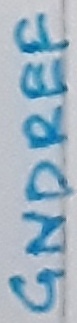
Text: GNDREF